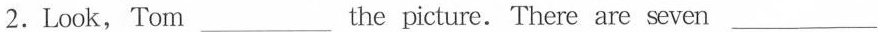
2.Look, Tom_ the picture. There are seven ___